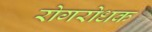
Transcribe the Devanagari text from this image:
रोगरोधक